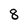
Character: 8